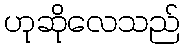
ဟုဆိုလေသည်